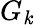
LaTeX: G_{\mathit{k}}